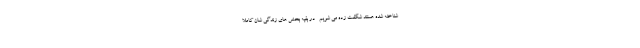
شناخته شده هستند شگفت زده می شویم- در بقیه بخش های زندگی شان کاملاً